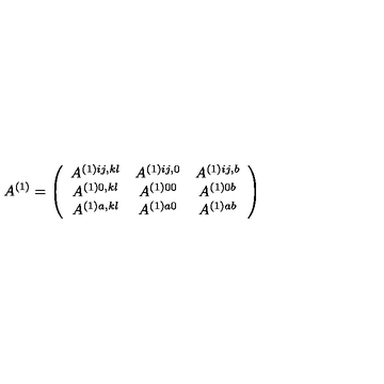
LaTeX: A ^ { ( 1 ) } = \left( \begin{array} { c c c } { A ^ { ( 1 ) i j , k l } } & { A ^ { ( 1 ) i j , 0 } } & { A ^ { ( 1 ) i j , b } } \\ { A ^ { ( 1 ) 0 , k l } } & { A ^ { ( 1 ) 0 0 } } & { A ^ { ( 1 ) 0 b } } \\ { A ^ { ( 1 ) a , k l } } & { A ^ { ( 1 ) a 0 } } & { A ^ { ( 1 ) a b } } \\ \end{array} \right)